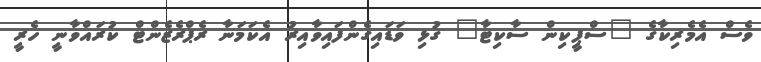
ވެސް އެމެރިކާގެ "ސްޕީކިން ސާކިޓާ" ގުޅި ވަޑައިގެންފައިވާއިރު އެކަމަނާ ރެޕްރެޒެންޓް ކުރައްވާނީ ހެރީ